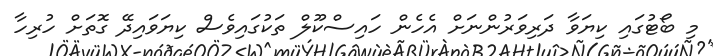
މި ބޯޓުގައި ކިޔަވާ ދަރިވަރުންނަށް އެހެން ހައިސްކޫލް ތަކުގައިވެސް ކިޔަވައިދޭ ގޮތަށް ހުރިހާ